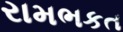
રામભકત